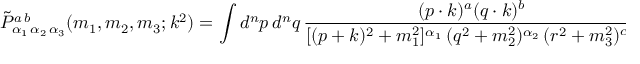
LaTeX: \tilde { \cal P } _ { \alpha _ { 1 } \, \alpha _ { 2 } \, \alpha _ { 3 } } ^ { a \, b } ( m _ { 1 } , m _ { 2 } , m _ { 3 } ; k ^ { 2 } ) = \int d ^ { n } p \, d ^ { n } q \, \frac { ( p \cdot k ) ^ { a } ( q \cdot k ) ^ { b } } { [ ( p + k ) ^ { 2 } + m _ { 1 } ^ { 2 } ] ^ { \alpha _ { 1 } } \, ( q ^ { 2 } + m _ { 2 } ^ { 2 } ) ^ { \alpha _ { 2 } } \, ( r ^ { 2 } + m _ { 3 } ^ { 2 } ) ^ { \alpha _ { 3 } } } ~ ~ .